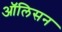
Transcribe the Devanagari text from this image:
ऑलिसन